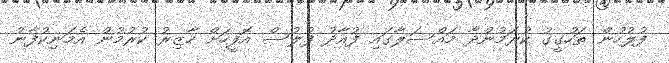
ފުލުހުން ތަހުގީގު ކުރަމުންދާ މައްސަލާގައި ފުއާދު ފުލުސް އޮފީހަށް ހާޒިރު ކުރުމުން އެމަނިކުފާނު